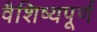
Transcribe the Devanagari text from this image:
वैशिष्यपूर्ण